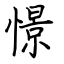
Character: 憬